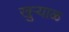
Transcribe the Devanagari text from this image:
खुऱ्याळ